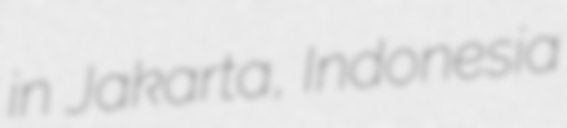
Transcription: in Jakarta, Indonesia